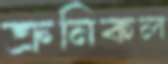
ক্রনিকল